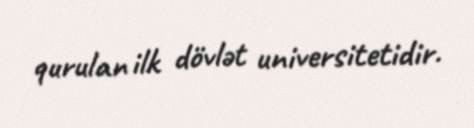
qurulan ilk dövlət universitetidir.